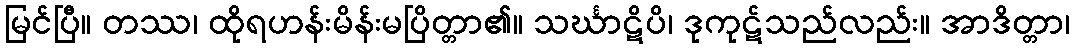
မြင်ပြီ။ တဿ၊ ထိုရဟန်းမိန်းမပြိတ္တာ၏။ သင်္ဃာဋိပိ၊ ဒုကုဋ်သည်လည်း။ အာဒိတ္တာ၊